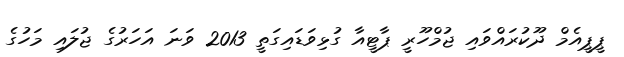
ޕީޕީއެމް ދޫކުރައްވައި ޖުމްހޫރީ ޕާޓީއާ ގުޅިވަޑައިގަތީ 2013 ވަނަ އަހަރުގެ ޖުލައި މަހުގެ